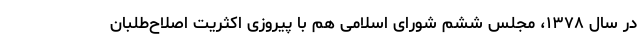
در سال ۱۳۷۸، مجلس ششم شورای اسلامی هم با پیروزی اکثریت اصلاح‌طلبان